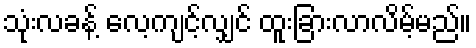
သုံးလခန့် လေ့ကျင့်လျှင် ထူးခြားလာလိမ့်မည်။